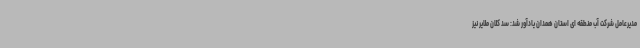
مدیرعامل شرکت آب منطقه ای استان همدان یادآور شد: سد کلان ملایر نیز